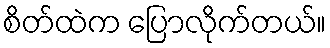
စိတ်ထဲက ပြောလိုက်တယ်။